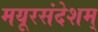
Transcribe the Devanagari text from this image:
मयूरसंदेशम्